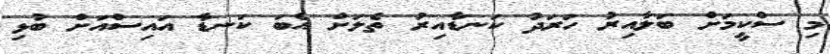
މި ސްކީމަށް ބަލާއިރު ހަރަދު ކަނޑާއިރު ތެލަށް އެބަ ކަނޑާ އައިސްއަށް ބުޅި